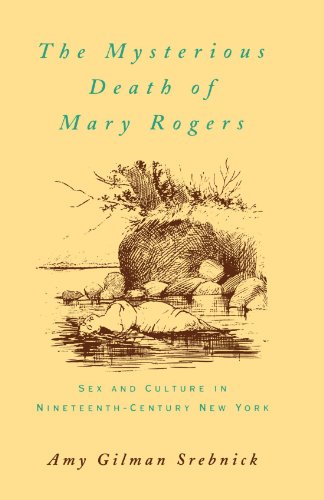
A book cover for The Mysterious Death of Mary Rogers: Sex and Culture in Nineteenth-Century New York (Studies in the History of Sexuality); Amy Gilman Srebnick; Biographies & Memoirs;